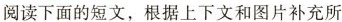
阅读下面的短文,根据上下文和图片补充所